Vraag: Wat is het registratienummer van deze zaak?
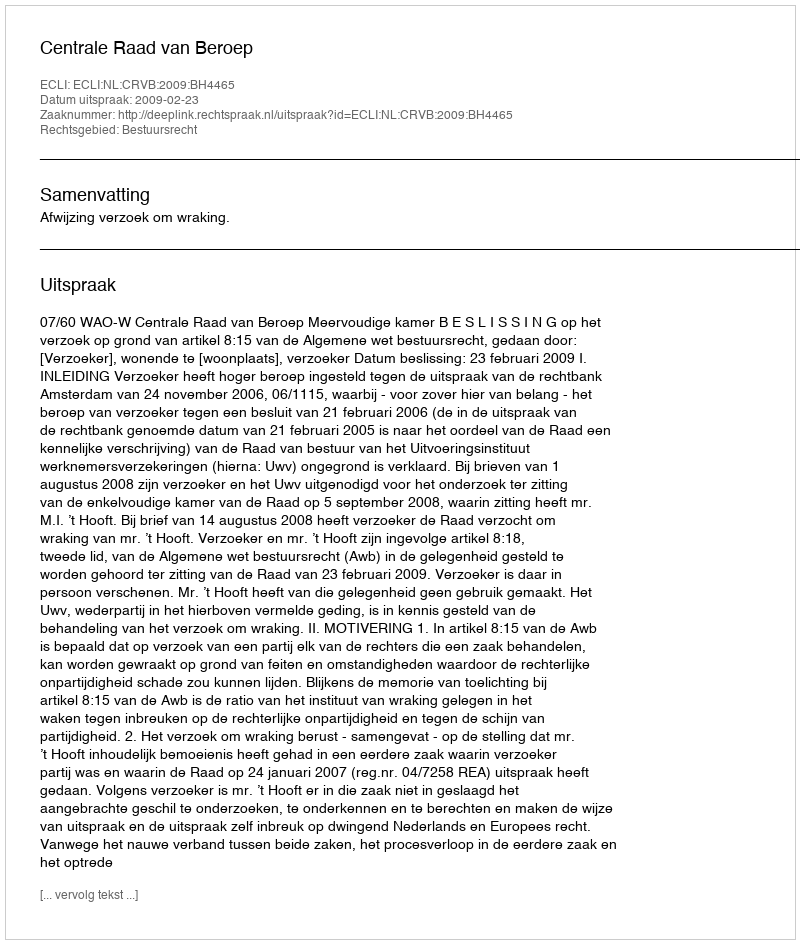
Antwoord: http://deeplink.rechtspraak.nl/uitspraak?id=ECLI:NL:CRVB:2009:BH4465